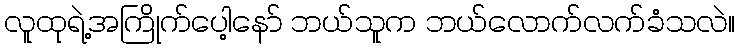
လူထုရဲ့အကြိုက်ပေါ့နော် ဘယ်သူက ဘယ်လောက်လက်ခံသလဲ။